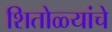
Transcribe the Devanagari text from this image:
शितोळ्यांचे